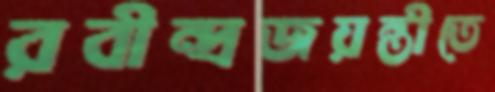
রবীন্দ্রজয়ন্তীতে